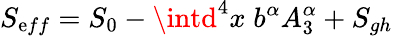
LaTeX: S_{\mathrm{e}ff}=S_{0}-\intd^{4}x\; b^{\alpha}A_{3}^{\alpha}+S_{gh}